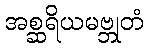
အစ္ဆရိယမဗ္ဘုတံ